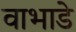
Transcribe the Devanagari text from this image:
वाभाडे